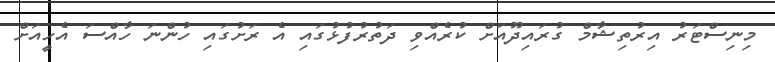
މިނިސްޓަރު އިރުތިޝާމް ގުރައިދޫއަށް ކުރެއްވި ދަތުރުފުޅުގައި އެ ރަށުގައި ހުންނަ ހާއްސަ އެހީއަށް